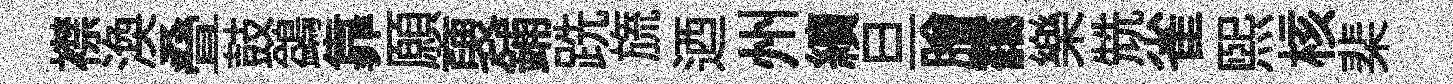
襟渙叠鼓鷁靠願褏鋪跣旒迺州續旦膾靄樂兟雀煕核棐